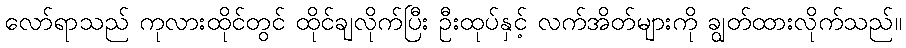
လော်ရာသည် ကုလားထိုင်တွင် ထိုင်ချလိုက်ပြီး ဦးထုပ်နှင့် လက်အိတ်များကို ချွတ်ထားလိုက်သည်။